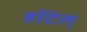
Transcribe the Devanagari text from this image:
हॉटेल्